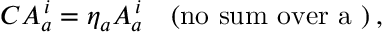
C A _ { a } ^ { \, i } = \eta _ { a } A _ { a } ^ { \, i } \quad \mathrm { ( n o ~ s u m ~ o v e r ~ a ~ ) } \: ,